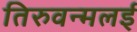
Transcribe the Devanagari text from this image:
तिरुवन्मलई